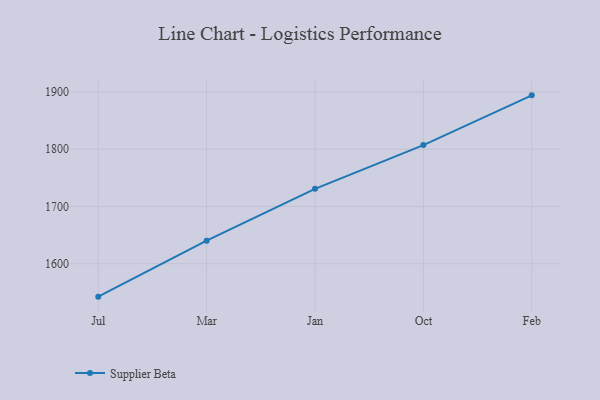
{"axis": {"x": "Month", "y": "Bounce Rate (%)"}, "legend": ["Supplier Beta"], "data": [{"x": "Jul", "y": 1542.5, "type": "Supplier Beta"}, {"x": "Mar", "y": 1640.2, "type": "Supplier Beta"}, {"x": "Jan", "y": 1730.7, "type": "Supplier Beta"}, {"x": "Oct", "y": 1807.2, "type": "Supplier Beta"}, {"x": "Feb", "y": 1894.0, "type": "Supplier Beta"}]}